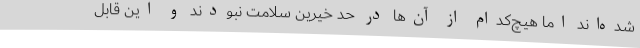
شده‌اند اما هیچ‌کدام از آن‌ها در حد خیرین سلامت نبودند و این قابل